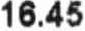
16.45